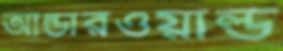
আন্ডারওয়ার্ল্ড